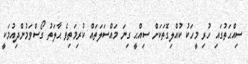
ސިއްޙަތުގައި ހުރި މީހަކު ކުއްލިގޮތަކަށް ސިއްޙީ ގިނަ މައްސަލަތައް ކުރިމަތިވެ ޙާލަތު ގޯސްވަމުންދިއުމަކީ